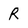
Character: R